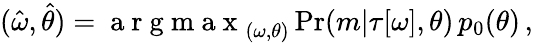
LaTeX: \begin{array}{r}{(\hat{\omega},\hat{\theta})=\mathrm{~a~r~g~m~a~x~}_{(\omega,\theta)}\operatorname*{Pr}(m|\tau[\omega],\theta)\, p_{0}(\theta)\, ,}\end{array}